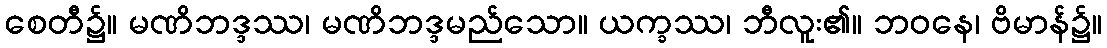
စေတီ၌။ မဏိဘဒ္ဒဿ၊ မဏိဘဒ္ဒမည်သော။ ယက္ခဿ၊ ဘီလူး၏။ ဘဝနေ၊ ဗိမာန်၌။